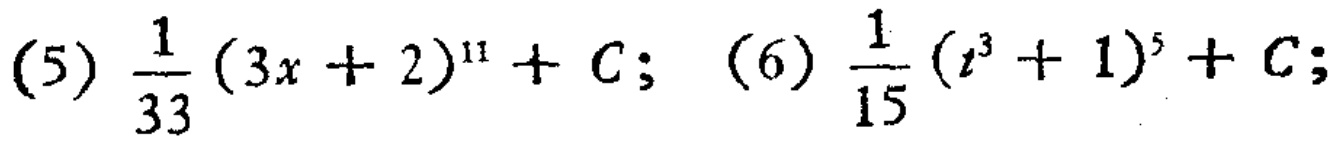
(5) \(\frac{1}{33}(3x + 2)^{11}+C\); (6) \(\frac{1}{15}(t^{3}+1)^{5}+C\);